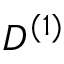
D ^ { ( 1 ) }